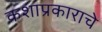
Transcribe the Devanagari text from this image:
कशाप्रकाराचे